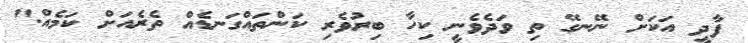
ފާދީ އަކަށް ނޭނގޭ ތި ވަދެވެނީ ކިހާ ބިރުވެރި ކަންތައްގަނޑެއް ތެރެއަށް ކަމެއް."